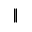
\|